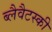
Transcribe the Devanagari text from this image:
ब्लैवैटस्की